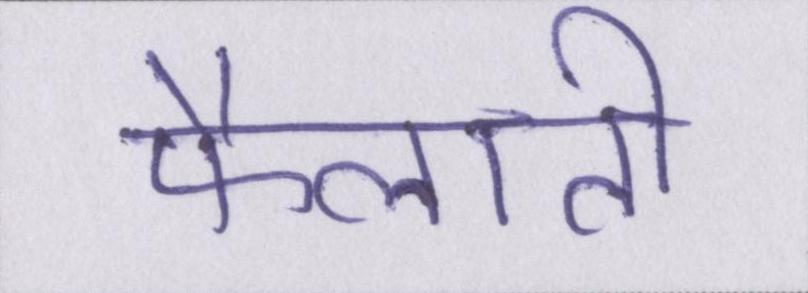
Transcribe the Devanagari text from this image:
फैलाती